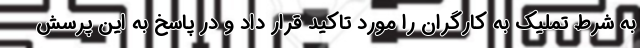
به شرط تملیک به کارگران را مورد تاکید قرار داد و در پاسخ به این پرسش